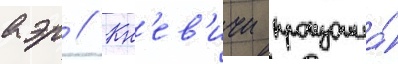
аэр // Кн'ев'ичи произошла́